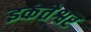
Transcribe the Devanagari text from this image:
इकंतेश्वर